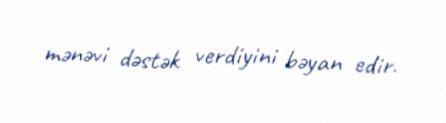
mənəvi dəstək verdiyini bəyan edir.